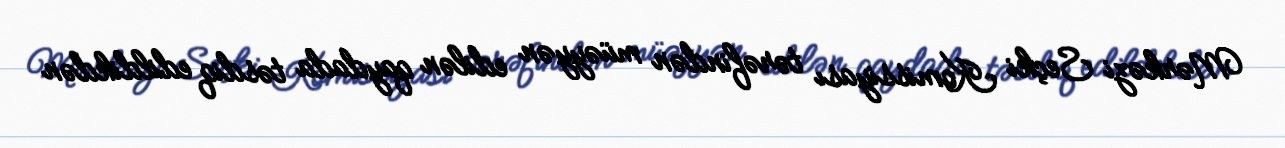
Mərkəzi Seçki Komissiyası tərəfindən müəyyən edilən qaydada təsdiq edildikdən